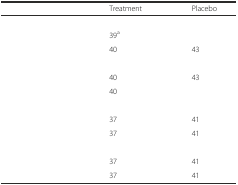
<table><thead><tr><td>[EMPTY_CELL]</td><td><b>Treatment</b></td><td><b>Placebo</b></td></tr></thead><tbody><tr><td colspan="3">[EMPTY_CELL]</td></tr><tr><td>[EMPTY_CELL]</td><td>39<sup>a</sup></td><td>[EMPTY_CELL]</td></tr><tr><td>[EMPTY_CELL]</td><td>40</td><td>43</td></tr><tr><td colspan="3">[EMPTY_CELL]</td></tr><tr><td>[EMPTY_CELL]</td><td>40</td><td>43</td></tr><tr><td>[EMPTY_CELL]</td><td>40</td><td>[EMPTY_CELL]</td></tr><tr><td colspan="3">[EMPTY_CELL]</td></tr><tr><td>[EMPTY_CELL]</td><td>37</td><td>41</td></tr><tr><td>[EMPTY_CELL]</td><td>37</td><td>41</td></tr><tr><td colspan="3">[EMPTY_CELL]</td></tr><tr><td>[EMPTY_CELL]</td><td>37</td><td>41</td></tr><tr><td>[EMPTY_CELL]</td><td>37</td><td>41</td></tr></tbody></table>